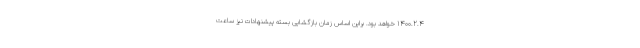
1400.2.4 خواهد بود. براین اساس زمان بازگشایی بسته پیشنهادات نیز ساعت